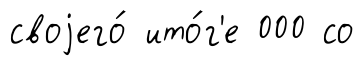
своjего́ ито́г'е 000 со